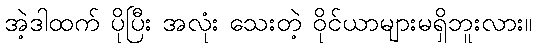
အဲ့ဒါထက် ပိုပြီး အလုံး သေးတဲ့ ဝိုင်ယာများမရှိဘူးလား။